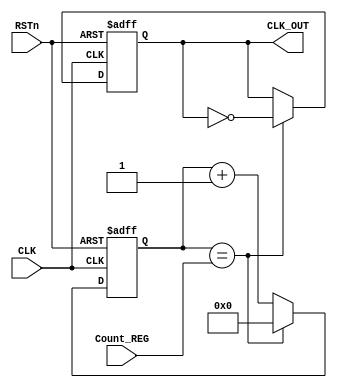
module CLK_MOD
(
	CLK,
	RSTn,
	
	CLK_OUT,
	
	Count_REG
);

	input 	CLK;
	input 	RSTn;
	
	input  	[31:0] Count_REG;
	reg 	[31:0] Count;
	
	output reg CLK_OUT;

	always @(  posedge CLK or negedge RSTn  )
	begin
		if(  !RSTn  )
		begin
		Count		<= 32'd0;
		CLK_OUT		<= 1'b1;
		end
		else if ( Count == Count_REG )
		begin
			CLK_OUT <= ~CLK_OUT;
			Count <= 4'b0;
		end
		else
		Count <= Count + 1'b1;
	end

endmodule